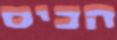
הכיס